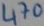
Text: 470